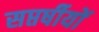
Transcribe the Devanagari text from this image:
सप्तर्षीयों